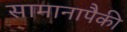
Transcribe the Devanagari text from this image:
सामानापैकी